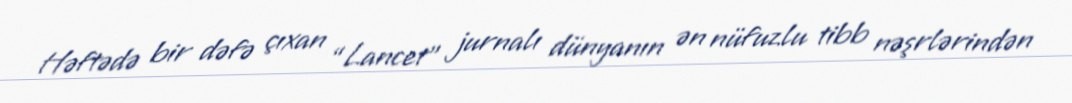
Həftədə bir dəfə çıxan “Lancet” jurnalı dünyanın ən nüfuzlu tibb nəşrlərindən